Report on sanitation, dispensaries, and jails in Rajputana for 1909, and on vaccination for the year 1909-1910 - 1909-1910
Year: 1909
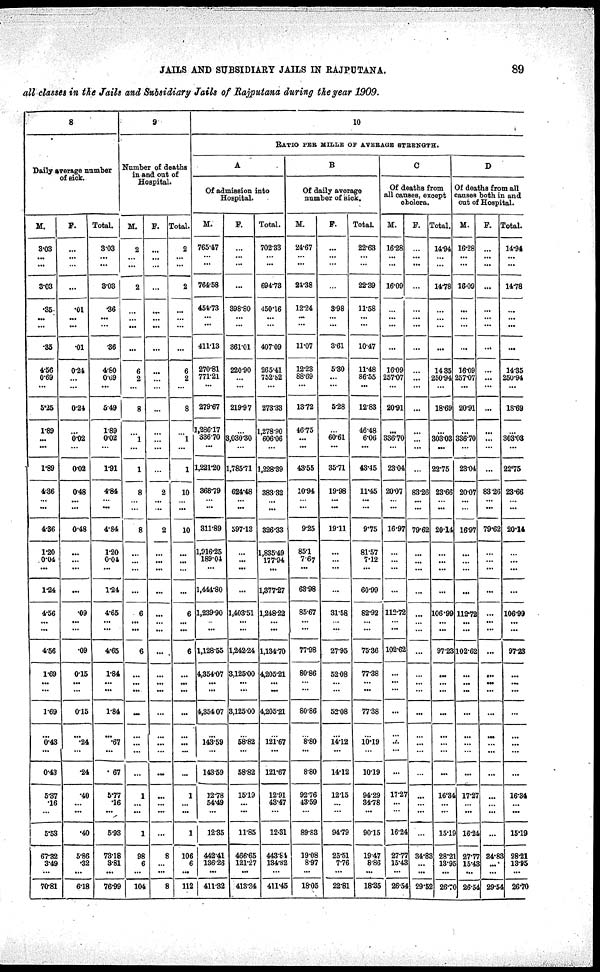
JAILS AND SUBSIDIARY JAILS IN RAJPUTANA.
89
all classes in the Jails and Subsidiary Jails of .Rajputana during the year 1909.
8
Daily average number
of sick.
M.
3.03
...
...
3.03
35
...
...
.35
4.56
0.69
...
5.25
1.89
...
...
1.89
4.86
...
...
4.36
1.20
0.04
...
1.24
4.56
...
...
4.56
1.69
...
...
1.69
...
0.43
...
0.43
5.37
.16
...
5.53
67.32
3.49
...
70.81
F.
...
...
...
...
.01
...
...
.01
0.24
...
...
0.24
...
0.02
...
0.02
0.48
...
...
0.48
...
...
...
...
.09
...
...
.09
0.15
...
...
0.15
...
.24
...
.24
.40
...
...
.40
5.86
.32
...
6.18
Total.
3.03
...
...
3.08
.36
...
...
.36
4.80
0.69
...
5.49
1.89
0.02
...
1.91
4.84
...
...
4.84
1.20
0.04
...
1.24
4.65
...
...
4.65
1.84
...
...
1.84
...
.67
...
. 67
5.77
.16
...
5.93
73.18
3.81
...
76.99
9
Number of deaths
in and out of
Hospital.
M.
2
...
...
2
...
...
...
...
6
2
...
8
...
1
...
1
8
...
...
8
...
...
...
...
6
...
...
6
...
...
...
...
...
...
...
...
1
...
...
1
98
6
...
104
F.
...
...
...
...
...
...
...
...
...
...
...
...
...
...
...
2
...
...
2
...
...
...
...
...
...
...
...
...
...
...
...
...
...
...
...
...
...
...
...
8
...
...
8
Total.
2
...
...
2
...
...
...
...
6
2
...
8
...
1
...
1
10
...
...
10
...
...
...
...
6
...
...
6
...
...
...
...
...
...
...
...
1
...
...
1
106
6
...
112
10
RATIO PER MILLE OF AVERAGE STRENGTH.
A
Of admission into
Hospital.
M.
765.47
...
...
764.58
454.73
...
...
411.13
270.81
771.21
...
279.67
1,286.17
336.70
...
1,221.20
368.79
...
...
311.89
1,916.25
189.04
...
1,444.80
1,239.90
...
...
1,128.55
4,354.07
...
...
4,354.07
...
143.59
...
143.59
12.78
54.49
...
12.35
442.41
136.26
...
411.82
F.
...
...
...
...
398.80
...
...
361.01
220.90
...
...
219.97
...
3,030.30
...
1,785.71
624.48
...
...
597.13
...
...
...
...
1,403.51
...
...
1,242.24
3,125.00
...
...
3,125.00
...
58.82
...
58.82
15.19
...
...
11.85
466.65
121.27
...
418.34
Total.
702.33
...
...
694.78
450.16
...
...
407.09
265.41
752.82
...
273.33
1,278.90
606.06
...
1,228.39
383.32
...
...
326.33
1,835.49
177.94
...
1,377.27
1,248.22
...
...
1,134.70
4205.21
...
...
4205.21
...
121.67
...
121.67
12.91
43.47
...
12.31
443.84
134.82
...
411.45
B
Of daily average
number of sick.
M.
24.67
...
...
24.38
12.24
...
...
11.07
12.23
88.69
...
13.72
46.75
...
...
43.55
10.94
...
...
9.25
85.1
7.67
...
63.98
85.67
...
...
77.98
80.86
...
...
80.86
...
8.80
...
8.80
92.76
43.59
...
89.83
19.08
8.97
...
18.05
F.
...
...
...
...
3.98
...
...
3.61
5.30
...
...
5.28
...
60.61
...
35.71
19.98
...
...
19.11
...
...
...
...
31.58
...
...
27.95
52.08
...
...
52.08
...
14.12
...
14.12
12.15
...
...
94.79
25.51
7.76
...
22.81
Total
22.63
...
...
22.39
11.58
...
...
10.47
11.48
86.55
...
12.83
46.48
6.06
...
43.45
11.45
...
...
9.75
81.57
7.12
...
60.99
82.92
...
...
75.36
77.38
...
...
77.38
...
10.19
...
10.19
94.29
34.78
...
90.15
19.47
8.86
...
18.35
C
Of deaths from
all causes, except
cholera.
M.
16.28
...
...
16.09
...
...
...
...
16.09
257.07
...
20.91
...
336.70
...
23.04
20.07
...
...
16.97
...
...
...
...
112.72
...
...
102.62
...
...
...
...
...
...
...
...
17.27
...
...
16.24
27.77
15.43
...
26.51
F.
...
...
...
...
...
...
...
...
...
...
...
...
...
...
...
...
83.26
...
...
79.62
...
...
...
...
...
...
...
...
...
...
...
...
...
...
...
...
...
...
...
...
34.83
...
...
29.52
Total.
14.94
...
...
14.78
...
...
...
...
14.35
250.94
...
18.69
...
303.03
...
22.75
23.66
...
...
20.14
...
...
...
...
106.99
...
...
97.23
...
...
...
...
...
...
...
...
16.34
...
...
15.19
28.21
13.95
...
26.70
D
Of deaths from all
causes both in and
out of Hospital.
M.
16.28
...
...
16.09
...
...
...
...
16.09
257.07
...
20.91
...
336.70
...
23.04
20.07
...
...
16.97
...
...
...
...
112.72
...
...
102.62
...
...
...
...
...
...
...
...
17.27
...
...
16.24
27.77
15.43
...
26.54
F.
...
...
...
...
...
...
...
...
...
...
...
...
...
...
...
...
83.26
...
...
79.62
...
...
...
...
...
...
...
...
...
...
...
...
...
...
...
...
...
...
...
...
84.83
...
...
29.54
Total.
14.94
...
...
14.78
...
...
...
...
14.35
250.94
...
18.69
...
303.03
...
22.75
23.66
...
...
20.14
...
...
...
...
106.99
...
...
97.23
...
...
...
...
...
...
...
...
16.34
...
...
15.19
28.21
13.95
...
26.70